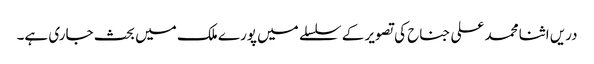
دریں اثنا محمد علی جناح کی تصویر کے سلسلے میں پورے ملک میں بحث جاری ہے۔